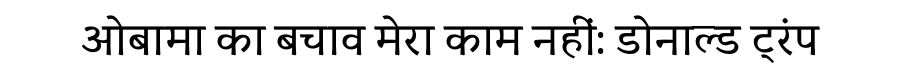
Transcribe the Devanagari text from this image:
ओबामा का बचाव मेरा काम नहीं: डोनाल्ड ट्रंप